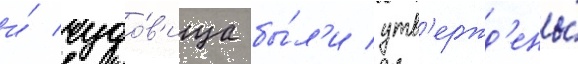
и́ чудо́в'ища бы́л'и утв'ержд'ены́